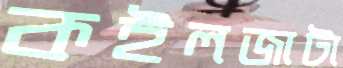
কইলজাটা